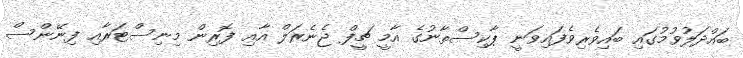
ބައްދަލުވުމުގައި ބައިވެރިވެފައިވަނީ ޕާކިސްތާނުގެ އާމީ ޗީފް ޖެނެރަލް އާއި ފޮރިން މިނިސްޓަރާއި ފިނޭންސް